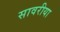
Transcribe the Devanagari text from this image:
सावरीया